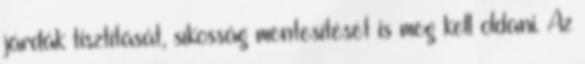
járdák tisztítását, síkosság mentesítését is meg kell oldani. Az